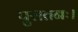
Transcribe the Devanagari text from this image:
पुरातनः।